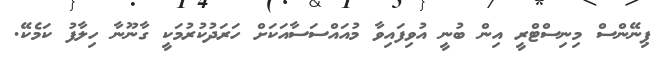
ޕިނޭންސް މިނިސްޓްރީ އިން ބުނީ އުވިފައިވާ މުއައްސަސާއަކަށް ހަރަދުކުރުމަކީ ގާނޫނާ ހިލާފު ކަމެކޭ.